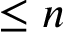
\leq n